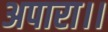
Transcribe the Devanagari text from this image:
अपारा।।